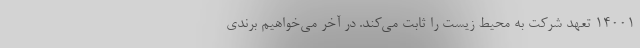
14001 تعهد شرکت به محیط زیست را ثابت می‌کند. در آخر می‌خواهیم برندی